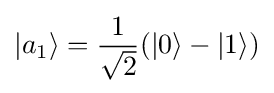
|a_{1}\rangle ={\frac {1}{\sqrt {2}}}(|0\rangle -|1\rangle )